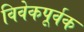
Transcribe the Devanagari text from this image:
विवेकपूर्वक